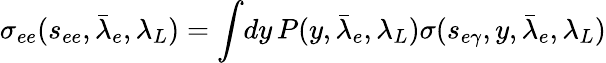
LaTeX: \sigma_{ee}(s_{ee},\bar{\lambda}_{e},\lambda_{L})=\int\! dy\, P(y,\bar{\lambda}_{e},\lambda_{L})\sigma(s_{e\gamma},y,\bar{\lambda}_{e},\lambda_{L})